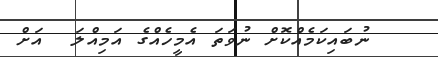
ނުބައިކަމެއްކޮށް ނުވަތަ އެމީހެއްގެ އަމިއްލަ  އަށް